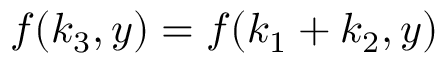
\boldsymbol { f } ( \boldsymbol { k } _ { 3 } , y ) = \boldsymbol { f } ( \boldsymbol { k } _ { 1 } + \boldsymbol { k } _ { 2 } , y )